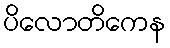
ပိလောတိကေန